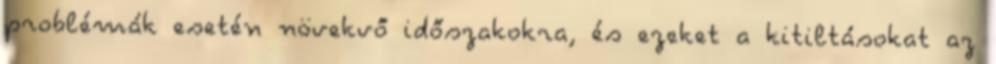
problémák esetén növekvő időszakokra, és ezeket a kitiltásokat az